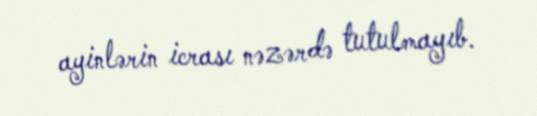
ayinlərin icrası nəzərdə tutulmayıb.